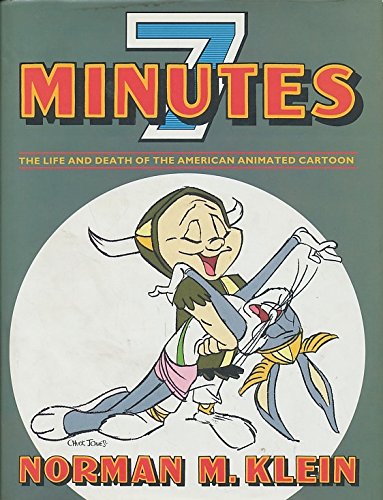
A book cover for Seven Minutes: The Life and Death of the American Animated Cartoon; Norman M. Klein; Humor & Entertainment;